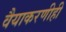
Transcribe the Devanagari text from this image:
वैयाकरणीही